Annual report on the Civil Veterinary Department, Burma (including the Insein Veterinary School) - 1910-1922
Year: 1910
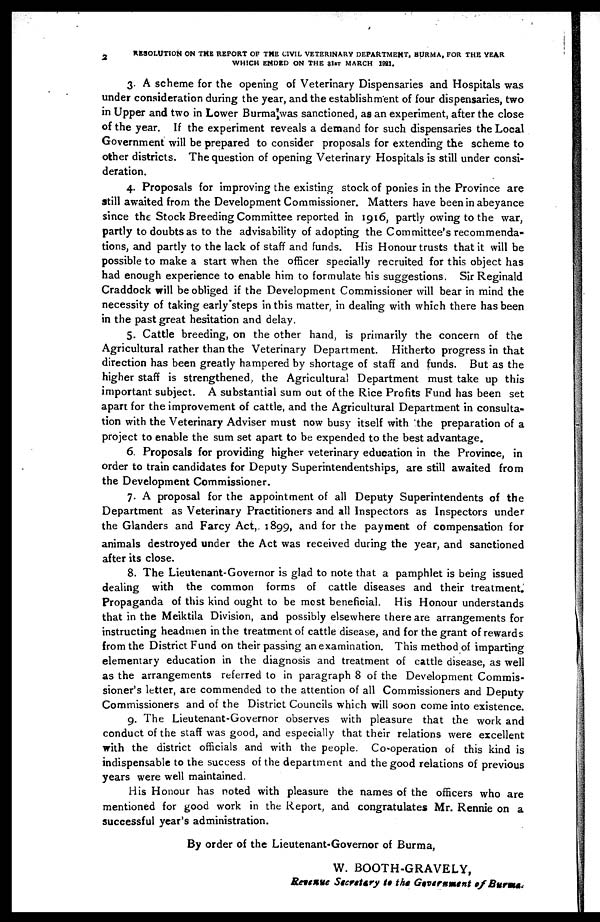
2
RESOLUTION ON THE REPORT OF THE CIVIL VETERINARY DEPARTMENT, BURMA, FOR THE YEAR
WHICH ENDED ON THE 31st MARCH 1921.
3. A scheme for the opening of Veterinary Dispensaries and Hospitals was
under consideration during the year, and the establishment of four dispensaries, two
in Upper and two in Lower Burma was sanctioned, as an experiment, after the close
of the year. If the experiment reveals a demand for such dispensaries the Local
Government will be prepared to consider proposals for extending the scheme to
other districts. The question of opening Veterinary Hospitals is still under consi-
deration.
4. Proposals for improving the existing stock of ponies in the Province are
still awaited from the Development Commissioner. Matters have been in abeyance
since the Stock Breeding Committee reported in 1916, partly owing to the war,
partly to doubts as to the advisability of adopting the Committee's recommenda-
tions, and partly to the lack of staff and funds. His Honour trusts that it will be
possible to make a start when the officer specially recruited for this object has
had enough experience to enable him to formulate his suggestions. Sir Reginald
Craddock will be obliged if the Development Commissioner will bear in mind the
necessity of taking early steps in this matter, in dealing with which there has been
in the past great hesitation and delay.
5. Cattle breeding, on the other hand, is primarily the concern of the
Agricultural rather than the Veterinary Department. Hitherto progress in that
direction has been greatly hampered by shortage of staff and funds. But as the
higher staff is strengthened, the Agricultural Department must take up this
important subject. A substantial sum out of the Rice Profits Fund has been set
apart for the improvement of cattle, and the Agricultural Department in consulta-
tion with the Veterinary Adviser must now busy itself with the preparation of a
project to enable the sum set apart to be expended to the best advantage.
6. Proposals for providing higher veterinary education in the Province, in
order to train candidates for Deputy Superintendentships, are still awaited from
the Development Commissioner.
7. A proposal for the appointment of all Deputy Superintendents of the
Department as Veterinary Practitioners and all Inspectors as Inspectors under
the Glanders and Farcy Act, 1899, and for the payment of compensation for
animals destroyed under the Act was received during the year, and sanctioned
after its close.
8. The Lieutenant-Governor is glad to note that a pamphlet is being issued
dealing with the common forms of cattle diseases and their treatment.
Propaganda of this kind ought to be most beneficial. His Honour understands
that in the Meiktila Division, and possibly elsewhere there are arrangements for
instructing headmen in the treatment of cattle disease, and for the grant of rewards
from the District Fund on their passing an examination. This method of imparting
elementary education in the diagnosis and treatment of cattle disease, as well
as the arrangements referred to in paragraph 8 of the Development Commis-
sioner's letter, are commended to the attention of all Commissioners and Deputy
Commissioners and of the District Councils which will soon come into existence.
9. The Lieutenant-Governor observes with pleasure that the work and
conduct of the staff was good, and especially that their relations were excellent
with the district officials and with the people. Co-operation of this kind is
indispensable to the success of the department and the good relations of previous
years were well maintained.
His Honour has noted with pleasure the names of the officers who are
mentioned for good work in the Report, and congratulates Mr. Rennie on a
successful year's administration.
By order of the Lieutenant-Governor of Burma,
W. BOOTH-GRAVELY,
Revenue Secretary to the Government of Burma.